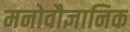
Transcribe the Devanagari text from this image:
मनोवौज्ञानिक